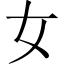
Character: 女